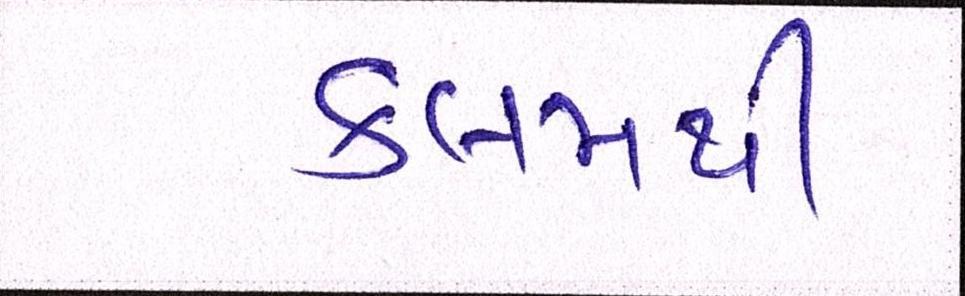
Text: કલમથી